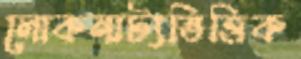
লোকনাট্যভিত্তিক